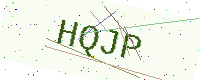
Text: HQJP